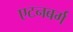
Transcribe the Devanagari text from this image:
एटनबर्ग